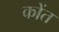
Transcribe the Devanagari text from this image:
कोंत